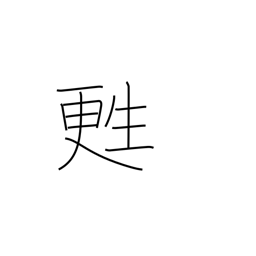
Meaning: be resuscitated